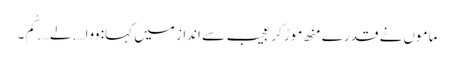
ماموں نے قدرے منھ موڑ کر عجیب سے انداز میں کہا: ووا…. لے…. کُم۔